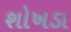
શોખડા